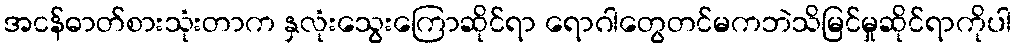
အငန်ဓာတ်စားသုံးတာက နှလုံးသွေးကြောဆိုင်ရာ ရောဂါတွေတင်မကဘဲသိမြင်မှုဆိုင်ရာကိုပါ